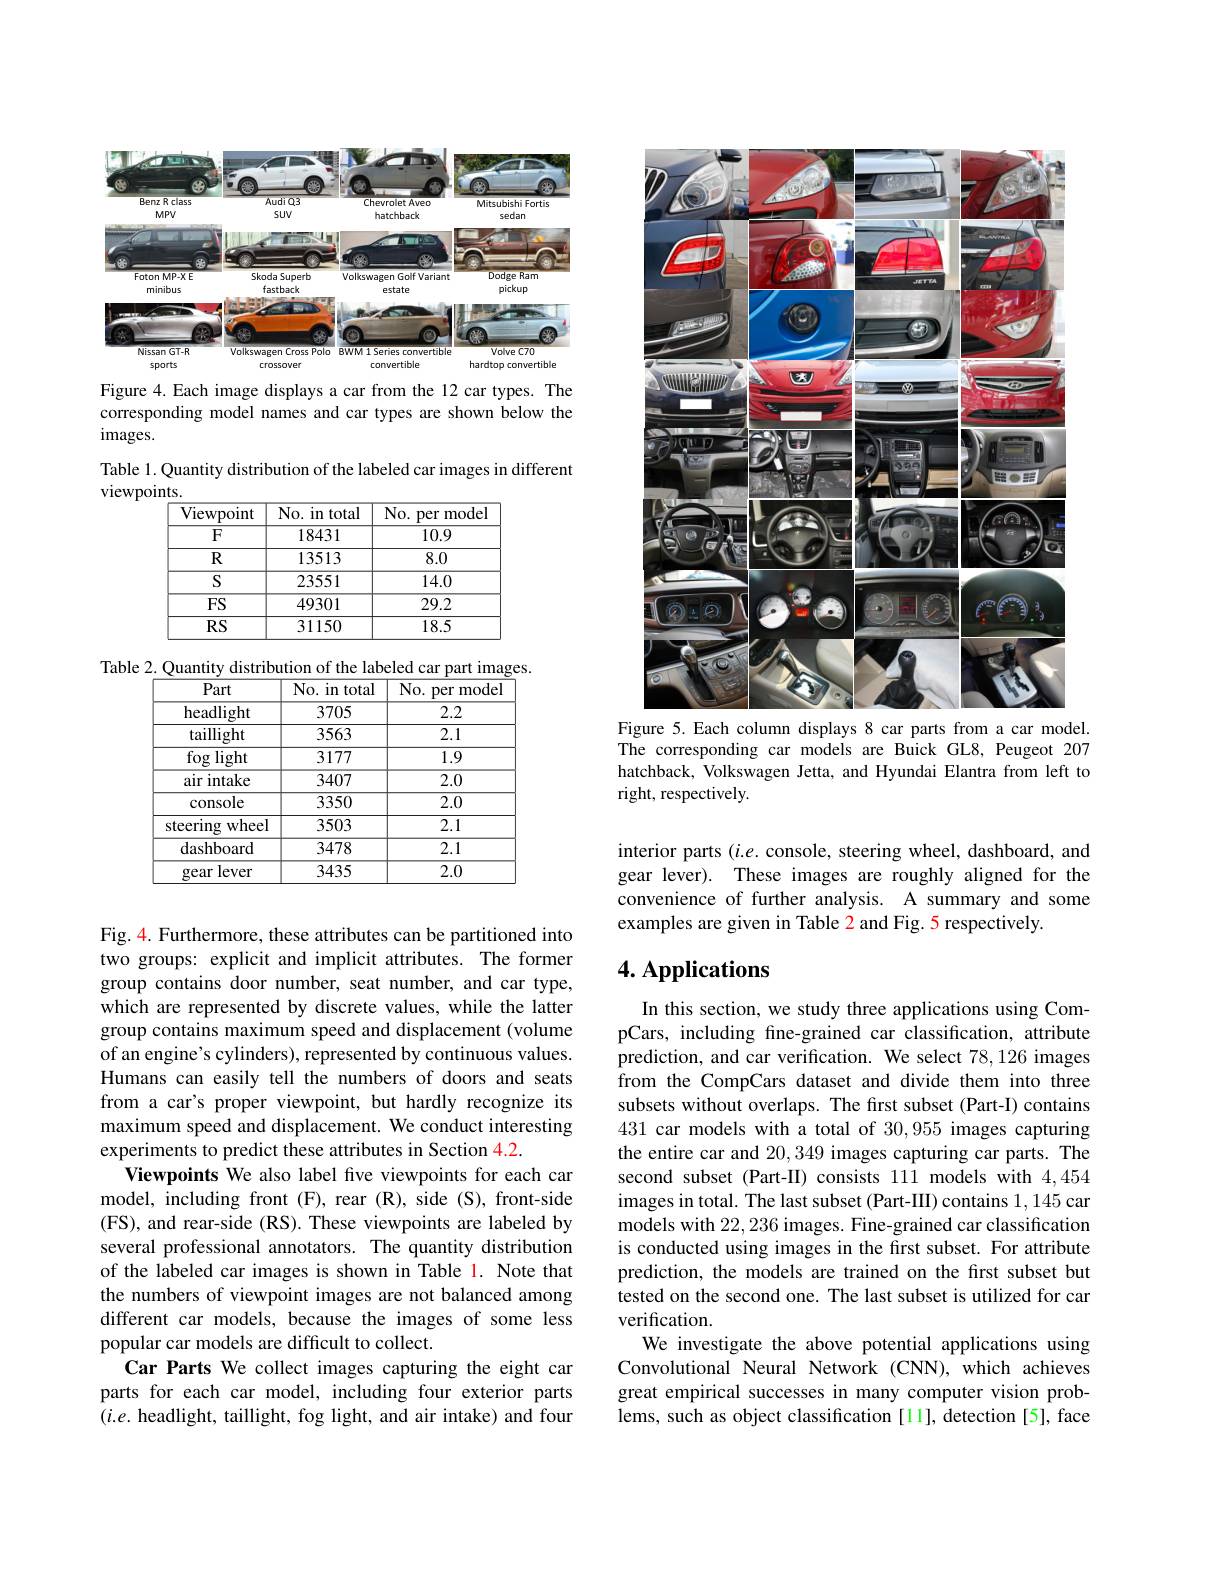
<FigureHere>

Figure 4.Each image displays a car from the 12 car types. The corresponding model names and car types are shown below the $images.$
Table 1. Quantity distribution of the labeled car images in different
viewpoints.

<table>
	<tbody>
		<tr>
			<th>Viewpoint</th>
			<th>No. in total</th>
			<th>$No.$ . per model</th>
		</tr>
		<tr>
			<td>$\overline{{\mathrm{F}}}$</td>
			<td>18431</td>
			<td>10.9</td>
		</tr>
		<tr>
			<td>$R$</td>
			<td>13513</td>
			<td>8.0</td>
		</tr>
		<tr>
			<td>$S$</td>
			<td>23551</td>
			<td>14.0</td>
		</tr>
		<tr>
			<td>FS</td>
			<td>49301</td>
			<td>29.2</td>
		</tr>
		<tr>
			<td>$RS$</td>
			<td>31150</td>
			<td>18.5</td>
		</tr>
	</tbody>
</table>

Table 2. Quantity distribution of the labeled car part images.
<table>
	<tbody>
		<tr>
			<th>Part</th>
			<th>No. in total</th>
			<th>No. per model</th>
		</tr>
		<tr>
			<td>headlight</td>
			<td>3705</td>
			<td>2.2</td>
		</tr>
		<tr>
			<td>taillight</td>
			<td>3563</td>
			<td>2.1</td>
		</tr>
		<tr>
			<td>fog ;light</td>
			<td>3177</td>
			<td>1.9</td>
		</tr>
		<tr>
			<td>air i intake</td>
			<td>3407</td>
			<td>2.0</td>
		</tr>
		<tr>
			<td>console</td>
			<td>3350</td>
			<td>2.0</td>
		</tr>
		<tr>
			<td>wheel steering</td>
			<td>3503</td>
			<td>2.1</td>
		</tr>
		<tr>
			<td>dashboard</td>
			<td>3478</td>
			<td>2.1</td>
		</tr>
		<tr>
			<td>lever gear</td>
			<td>3435</td>
			<td>2.0</td>
		</tr>
	</tbody>
</table>

Fig. 4. Furthermore, these attributes can be partitioned into two groups: explicit and implicit attributes. The former group contains door number, seat number, and car type, which are represented by discrete values, while the latter group contains maximum speed and displacement (volume of an engine's cylinders), represented by continuous values. Humans can easily tell the numbers of doors and seats from a car's proper viewpoint, but hardly recognize its maximum speed and displacement. We conduct interesting experiments to predict these attributes in Section 4.2.
Viewpoints We also label five viewpoints for each car model, including front (F), rear (R), side (S), front-side (FS), and rear-side (RS). These viewpoints are labeled by several professional annotators. The quantity distribution of the labeled car images is shown in Table 1. Note that the numbers of viewpoint images are not balanced among different car models, because the images of some less popular car models are difficult to collect.
Car Parts We collect images capturing the eight car parts for each car model, including four exterior parts $(i.e.$ headlight, taillight, fog light, and air intake) and four

<FigureHere>
Figure 5.Each column displays 8 car parts from a car model.

The corresponding car models are Buick GL8, Peugeot 207 hatchback, Volkswagen Jetta, and Hyundai Elantra from left to right, respectively.

interior parts $(i.e.$ console, steering wheel, dashboard, and gear lever). These images are roughly aligned for the convenience of further analysis. A summary and some examples are given in Table 2 and Fig. 5 respectively.

# 4. Applications

In this section, we study three applications using CompCars, including fine-grained car classification, attribute prediction, and car verification. We select 78,126 images from the CompCars dataset and divide them into three subsets without overlaps. The first subset (Part-I) contains 431 car models with a total of 30,955 images capturing the entire car and 20,349 images capturing car parts. The second subset (Part-II) consists 111 models with 4,454 images in total. The last subset (Part-III) contains 1,145 car models with 22,236 images. Fine-grained car classification is conducted using images in the first subset. For attribute prediction, the models are trained on the first subset but tested on the second one. The last subset is utilized for car verification
We investigate the above potential applications using Convolutional Neural Network (CNN), which achieves great empirical successes in many computer vision problems, such as object classification[11], detection[5], face